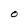
Character: O